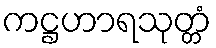
ကဋ္ဌဟာရသုတ္တံ